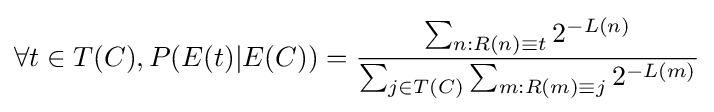
\forall t\in T(C),P(E(t)|E(C))={\frac {\sum _{n:R(n)\equiv t}2^{-L(n)}}{\sum _{j\in T(C)}\sum _{m:R(m)\equiv j}2^{-L(m)}}}